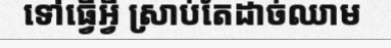
ទៅធ្វើអ្វី ស្រាប់តែដាច់ឈាម